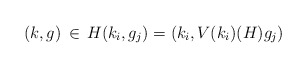
\begin{align*}(k, g) \,\in\, H (k_i, g_j) = (k_i, V(k_i)(H) g_j)\end{align*}